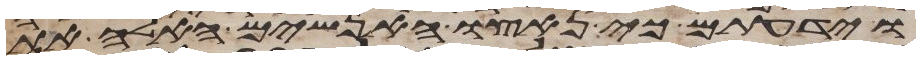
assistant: וידעתם כי נאצו האנשים האלה את